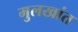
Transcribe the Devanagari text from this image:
मुलखांत